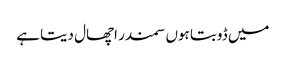
میں ڈوبتا ہوں سمندر اچھال دیتا ہے